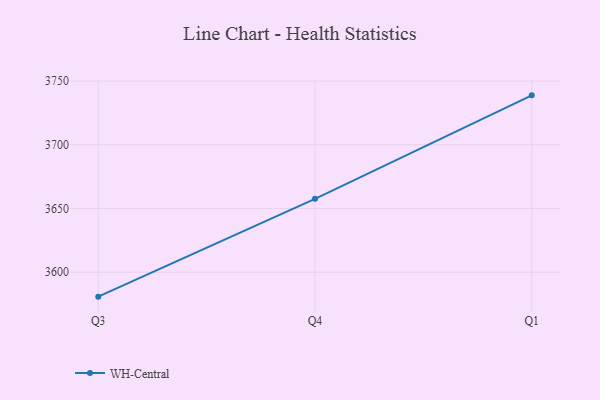
{"axis": {"x": "Quarter", "y": "Operating Costs (USD K)"}, "legend": ["WH-Central"], "data": [{"x": "Q3", "y": 3580.8, "type": "WH-Central"}, {"x": "Q4", "y": 3657.6, "type": "WH-Central"}, {"x": "Q1", "y": 3738.8, "type": "WH-Central"}]}